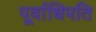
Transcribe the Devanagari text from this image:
पूर्वाधिपति